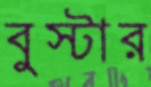
বুস্টার